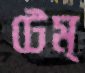
টেম্